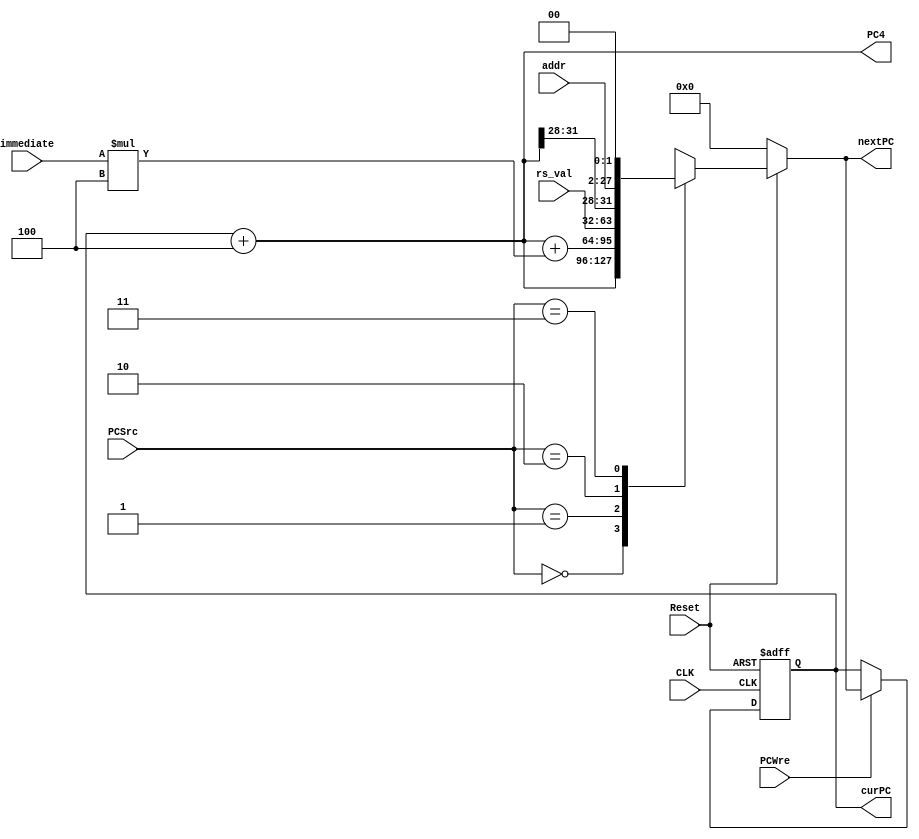
`timescale 1ns / 1ps
module PC(
       input CLK,               //clock
       input Reset,             
       input PCWre,             
       input [1:0] PCSrc,            
       input [31:0] immediate,  
       input [25:0] addr,
       input [31:0] rs_val,
       output reg [31:0] curPC, //current PC
       output reg [31:0] PC4,
       output reg [31:0] nextPC
    );
    initial begin
        curPC <= 0;
        nextPC <= 0; 
    end
    

    always@(Reset or curPC or PCSrc or immediate or addr or rs_val)
    begin
        PC4 = curPC + 4;
        if(!Reset) begin
            nextPC = 0;
        end
        else begin
            case(PCSrc)
                2'b00: nextPC = curPC + 4;
                2'b01: nextPC = curPC + 4 + immediate * 4;
                2'b10: nextPC = rs_val;
                2'b11: nextPC = {PC4[31:28],addr,2'b00};
            endcase
            //$display("curPC, nextPC %x %x\n", curPC, nextPC);
        end
    end
    
    always@(posedge CLK or negedge Reset)
    begin
    
        if(!Reset) // Reset == 0
            begin
                curPC <= 0;
            end
        else 
            begin
                if(PCWre) // PCWre == 1
                    begin 
                        curPC <= nextPC;
                    end
                else    // PCWre == 0, halt
                    begin
                        curPC <= curPC;
                    end
            end
    end
endmodule